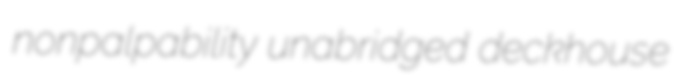
nonpalpability unabridged deckhouse